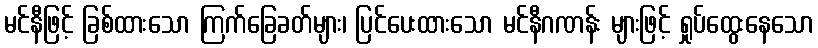
မင်နီဖြင့် ခြစ်ထားသော ကြက်ခြေခတ်များ၊ ပြင်ပေးထားသော မင်နီဂဏန်း များဖြင့် ရှုပ်ထွေးနေသော